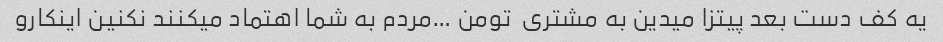
یه کف دست بعد پیتزا میدین به مشتری  تومن …مردم به شما اهتماد میکنند نکنین اینکارو